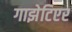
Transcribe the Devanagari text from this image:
गाझेटिएर